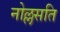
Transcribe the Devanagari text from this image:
नोल्लसति